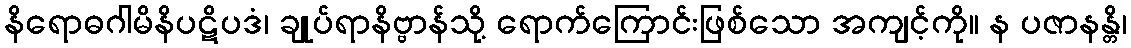
နိရောဓဂါမိနိပဋိပဒံ၊ ချုပ်ရာနိဗ္ဗာန်သို့ ရောက်ကြောင်းဖြစ်သော အကျင့်ကို။ န ပဇာနန္တိ၊